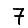
Digit: 7